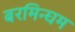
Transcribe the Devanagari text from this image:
बरमिन्घम